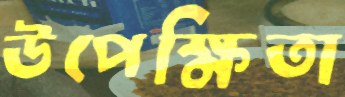
উপেক্ষিতা